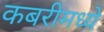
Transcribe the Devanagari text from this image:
कबरीमध्ये